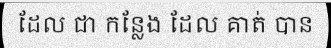
ដែល ជា កន្លែង ដែល គាត់ បាន